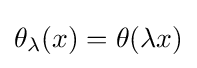
\theta _{\lambda }(x)=\theta (\lambda x)